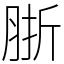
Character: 䏳